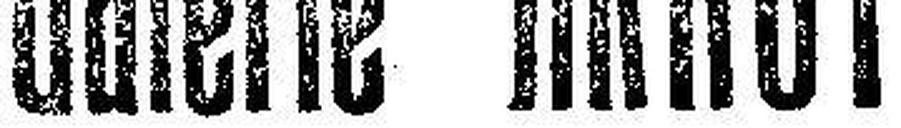
Galerie Arnot